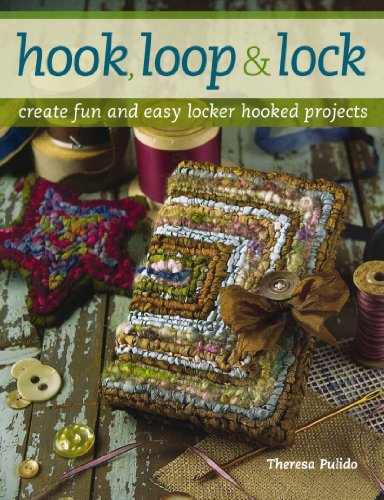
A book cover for Hook, Loop 'n' Lock: Create Fun and Easy Locker Hooked Projects; Theresa Pulido; Crafts, Hobbies & Home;